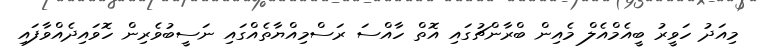
މިއަދު ހަވީރު ބީއެމްއެލް މެއިން ބްރާންޗުގައި އޮތް ހާއްސަ ރަސްމިއްޔާތެއްގައި ނަސީބުވެރިން ހޮވައިދެއްވާފައި